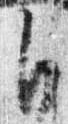
自